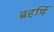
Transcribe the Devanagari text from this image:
ब्रहर्षि